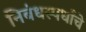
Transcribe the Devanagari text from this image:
निबंधस्पर्धांचे